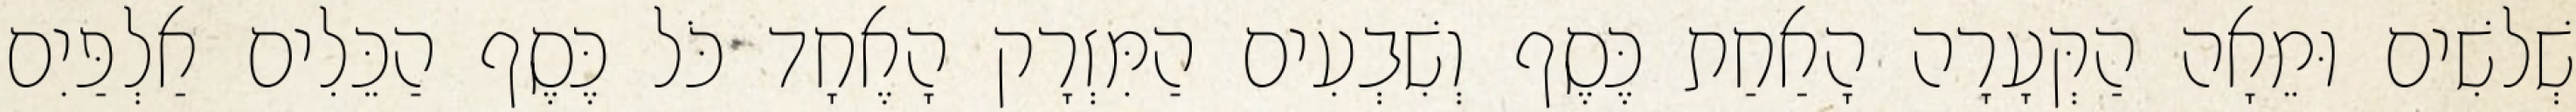
שְׁלשִׁים וּמֵאָה הַקְּעָרָה הָאַחַת כֶּסֶף וְשִׁבְעִים הַמִּזְרָק הָאֶחָד כֹּל כֶּסֶף הַכֵּלִים אַלְפַּיִם